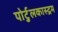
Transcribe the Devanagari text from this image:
पोर्टुलकास्द्रम